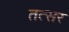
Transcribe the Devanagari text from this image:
तत्सर